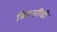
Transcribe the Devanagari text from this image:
मिशनरींची